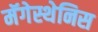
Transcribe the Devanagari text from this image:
मॅगेस्थेनिस